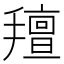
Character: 𢷆